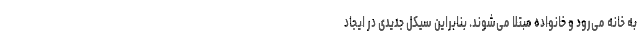
به خانه می‌رود و خانواده مبتلا می‌شوند. بنابراین سیکل جدیدی در ایجاد